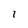
Character: 1